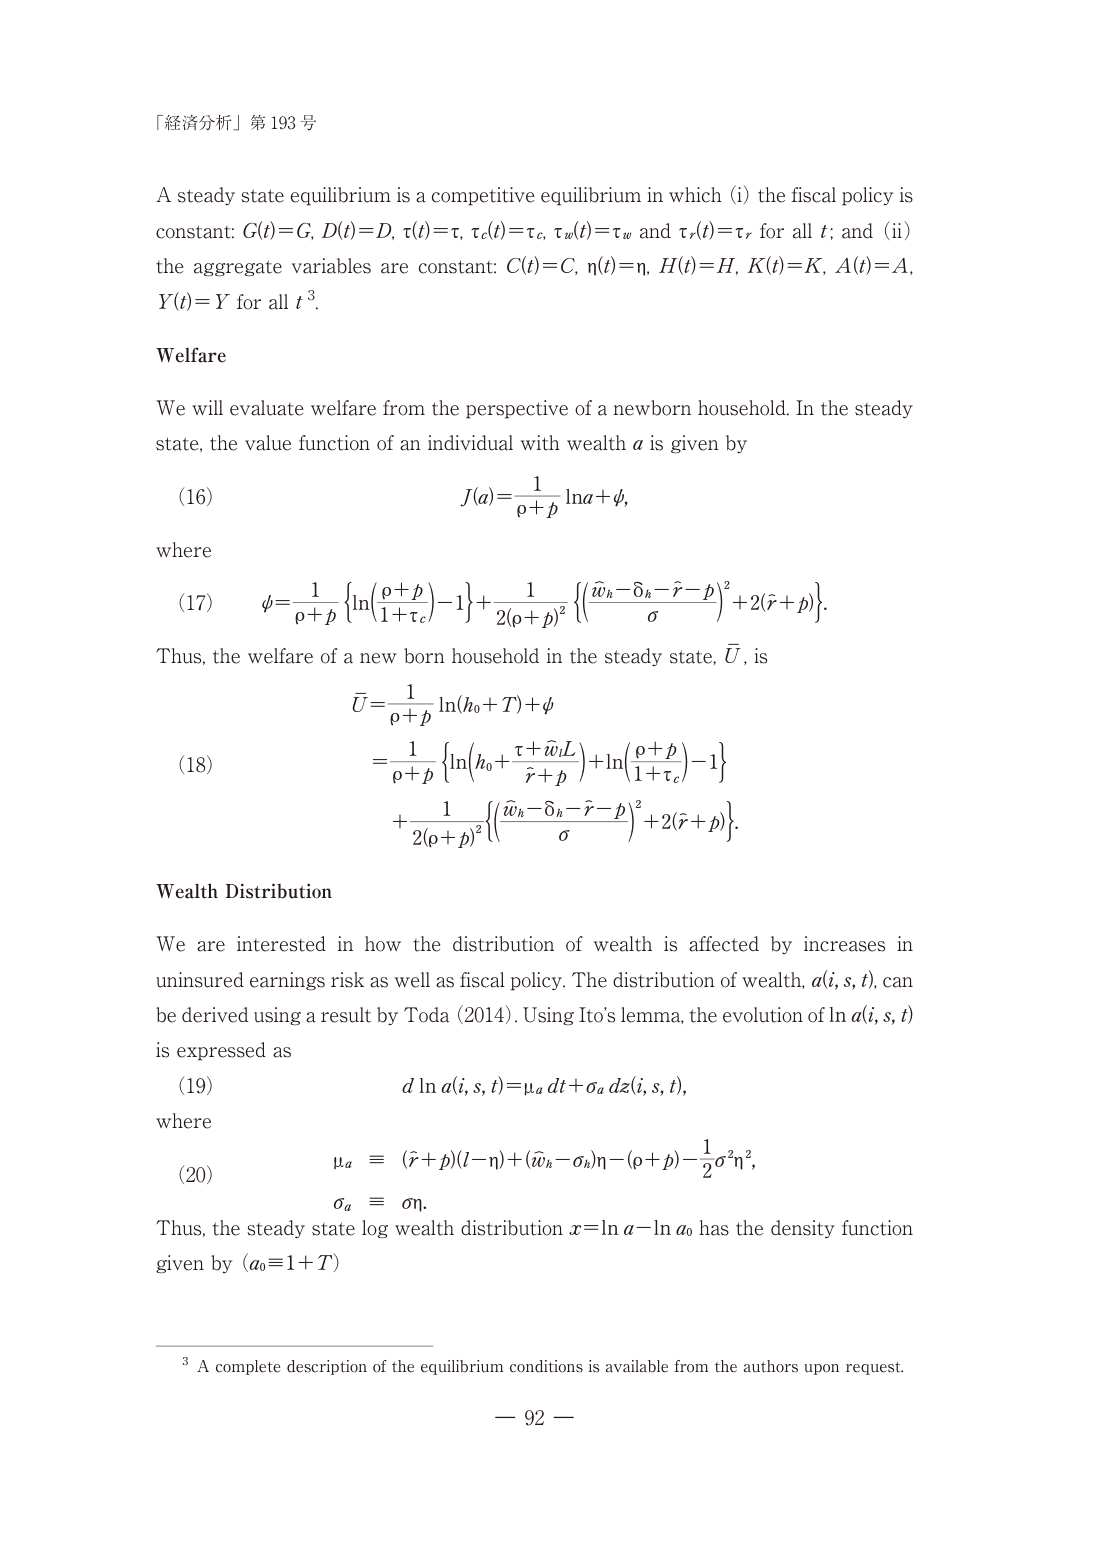
「経済分析」第193号

A steady state equilibrium is a competitive equilibrium in which (i) the fiscal policy is constant: G(t)=G, D(t)=D, τ(t)=τ, τ_c(t)=τ_c, τ_w(t)=τ_w and τ_r(t)=τ_r for all t; and (ii) the aggregate variables are constant: C(t)=C, η(t)=η, H(t)=H, K(t)=K, A(t)=A, Y(t)=Y for all t³.

Welfare

We will evaluate welfare from the perspective of a newborn household. In the steady state, the value function of an individual with wealth a is given by

(16) J(a) = 1/(ρ+p) ln a + φ,

where

(17) φ = 1/(ρ+p) { ln( (ρ+p)/(1+τ_c) ) - 1 } + 1/(2(ρ+p)²) { ( (w̃_h - δ_h - r̃ - p)/σ )² + 2(r̃ + p) }.

Thus, the welfare of a new born household in the steady state, Ū, is

Ū = 1/(ρ+p) ln(h₀ + T) + φ
= 1/(ρ+p) { ln( h₀ + (τ + w̃_L)/(r̃ + p) ) + ln( (ρ+p)/(1+τ_c) ) - 1 }
+ 1/(2(ρ+p)²) { ( (w̃_h - δ_h - r̃ - p)/σ )² + 2(r̃ + p) }.

Wealth Distribution

We are interested in how the distribution of wealth is affected by increases in uninsured earnings risk as well as fiscal policy. The distribution of wealth, a(i,s,t), can be derived using a result by Toda (2014). Using Ito’s lemma, the evolution of ln a(i,s,t) is expressed as

(19) d ln a(i,s,t) = μ_a dt + σ_a dz(i,s,t),

where

(20) μ_a ≡ (r̃ + p)(l - η) + (w̃_h - σ_h)η - (ρ + p) - (1/2)σ²η²,
σ_a ≡ ση.

Thus, the steady state log wealth distribution x = ln a - ln a₀ has the density function given by (a₀ ≡ 1 + T)

³ A complete description of the equilibrium conditions is available from the authors upon request.

— 92 —